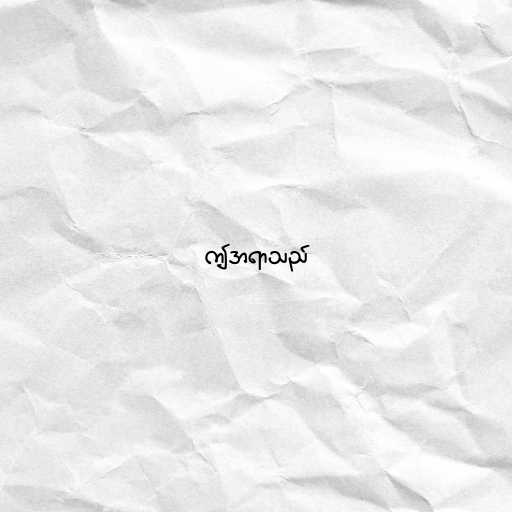
ဤအရာသည်